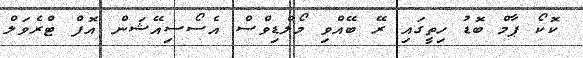
ކޮކޯ ޕާމް ބޮޑު ހިތީގައި ރޭ ބޭއްވި މޯލްޑިވްސް އެސޯސިއޭޝަން އޮފް ޓްރެވަލް